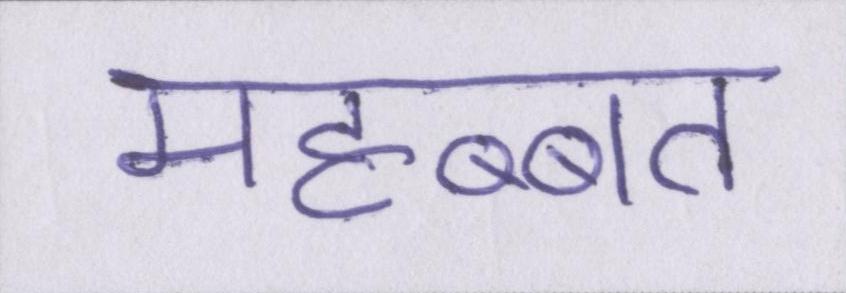
महब्बत